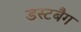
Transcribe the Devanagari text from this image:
डस्टबैग